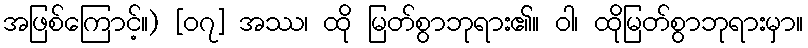
အဖြစ်ကြောင့်။) [၀၇] အဿ၊ ထို မြတ်စွာဘုရား၏။ ဝါ၊ ထိုမြတ်စွာဘုရားမှာ။